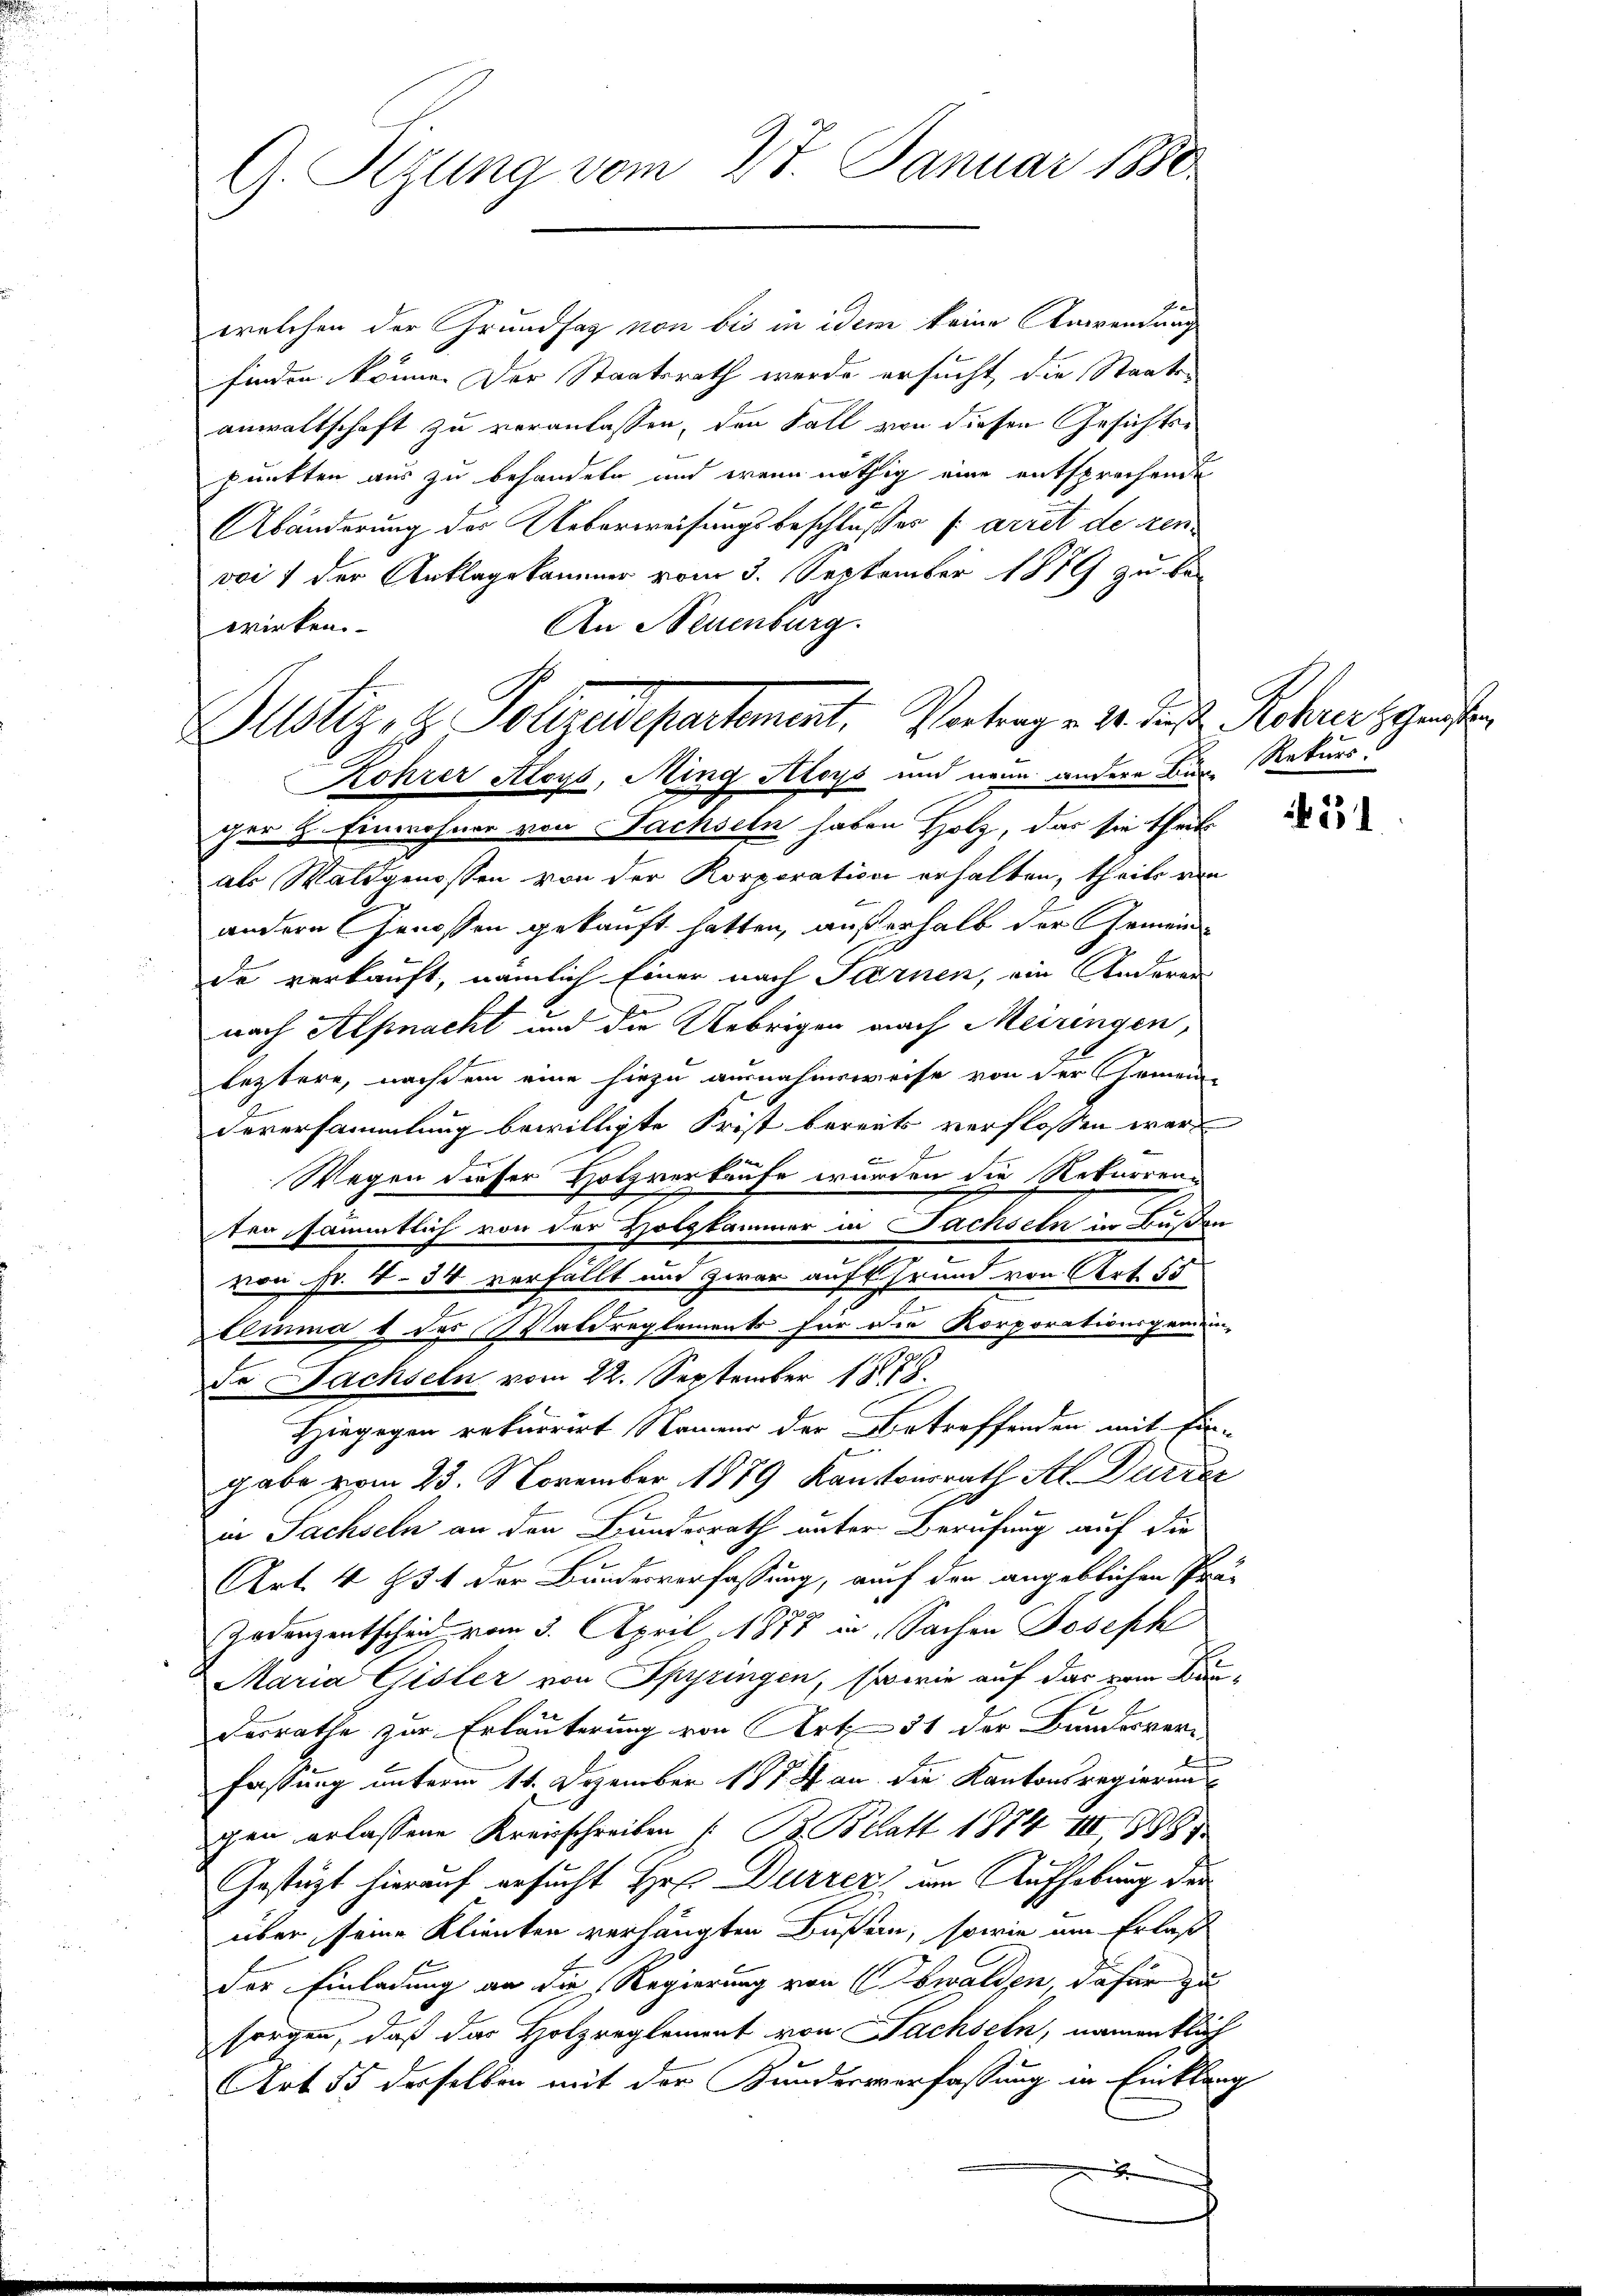
G. Regung vom 27. Januar 1880

welchen der Grundsag von bis in idem keine Anwendung
finden könne. Der Staatsrath werde ersucht, die Staate
anwaltschaft zu veranlassen, den Fall von diesen Gesichtspunkten aus zu behandeln und wenn nöthig eine entsprochende
Abänderung der Ueberweisungsbeschlußes farret de renvoit der Anklagekammer vom 3. September 1879 zu be¬
An Neuenburg.
wirken.
Kohrer Aloys, Ming Aloys und neun andere Bür Rekursger h. Einwohner von Sachseln haben Holz, das sie theils
als Waldgenossen von der Korporation erhalten, theils von
andern Genossen gekauft hatten, außerhalb der Gemeinde verkauft, nämlich Einer nach Farnen, ein Anderen
nach Alpnacht und die Uebrigen nach Meiringen,
leztere, nachdem eine hiezu ausnahmsweise von der Gemein-
Deversammlung bewilligte Frist bereits verflossen ware
E
c
Wegen dieser Holzverkaufe wurden die Rekurrenten sämmtlich von der Holzkammer in Fachseln in Bußen
von Fr. 434 verfällt und zwar auf Grund von Art. 55
Ztemma 1 des Waldreglements für die Korporationsgemein-
de Sachseln vom 22. September 1878.
Hiegegen rekurrirt Namens der Betreffenden mit Ein-
u
gabe vom 23. November 1879 Kantonsrath Al. Durrer
in Sachseln an den Bundesrath unter Berufung auf die
Art. 4 § 51 der Bundesverfassung, auf den angeblichen Pau-
Zodenzentscheid vom 3. April 1878 in Sachen Joseph
Maria Gisler von Spyringen, sowie auf das vom Bundesrathe zur Erläuterung von Art. 51 der Bundesverfassung unterm 11. Dezember 1874 an die Kantonsregierung
gen erlassene Kreisschreiben (: B. Blatt 1874 III 1885
Gestüzt hierauf ersucht Hr. Dürrer am Aufhebung der
über seine Klienten verhängten Bußen, sowie um Erlaß
der Einladung an die Regierung von Obwalden, dafür zu
sorgen, daß des Holzreglement von Sachseln, namentlich
Art 55 derselben mit der Kundersverfassung in Einklang

Justiz, s. Vollzudepartement. Vertrage v. Js. Rohres Geiste

131